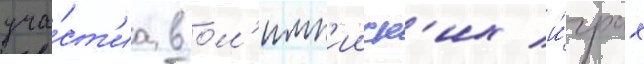
уча́ст'иа в ол'имп'ииск'их и́грах